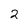
Character: 2